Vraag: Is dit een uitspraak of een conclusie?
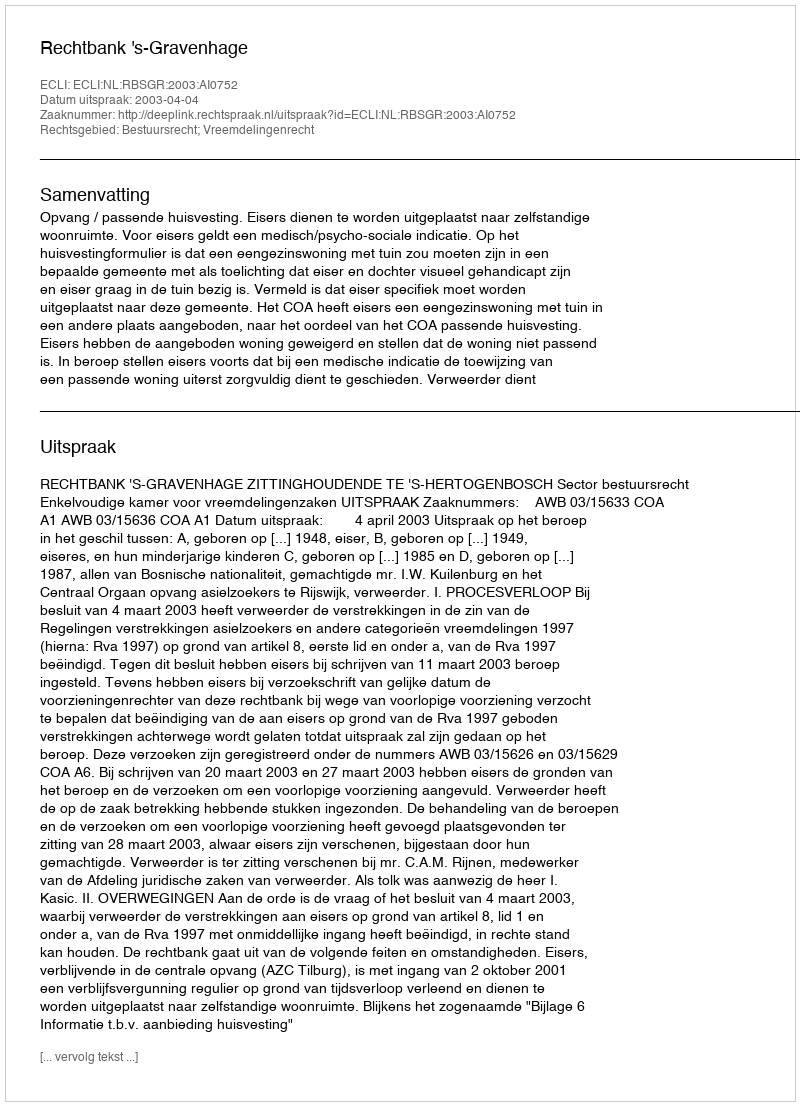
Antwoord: Uitspraak